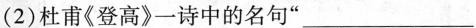
(2)杜甫《登高》一诗中的名句”___